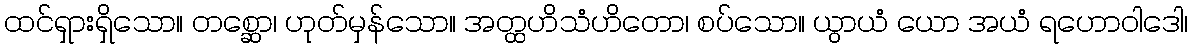
ထင်ရှားရှိသော။ တစ္ဆော၊ ဟုတ်မှန်သော။ အတ္ထဟိသံဟိတော၊ စပ်သော။ ယွာယံ ယော အယံ ရဟောဝါဒေါ၊